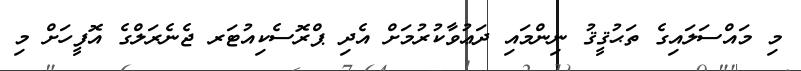
މި މައްސަލައިގެ ތަޙުޤީޤު ނިންމައި ދަޢުވާކުރުމަށް އެދި ޕްރޮސެކިއުޓަރ ޖެނެރަލްގެ އޮފީހަށް މި